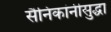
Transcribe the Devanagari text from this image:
सैनिकांनीसुद्धा